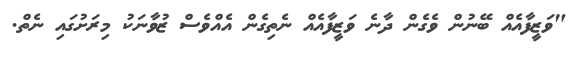
"ވަޒީފާއެއް ބޭނުން ވެގެން ދާނެ ވަޒީފާއެއް ނެތިގެން އެއްވެސް ޒުވާނަކު މިރަށުގައި ނެތް.